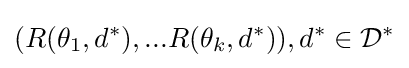
(R(\theta _{1},d^{*}),...R(\theta _{k},d^{*})),d^{*}\in {\mathcal {D}}^{*}